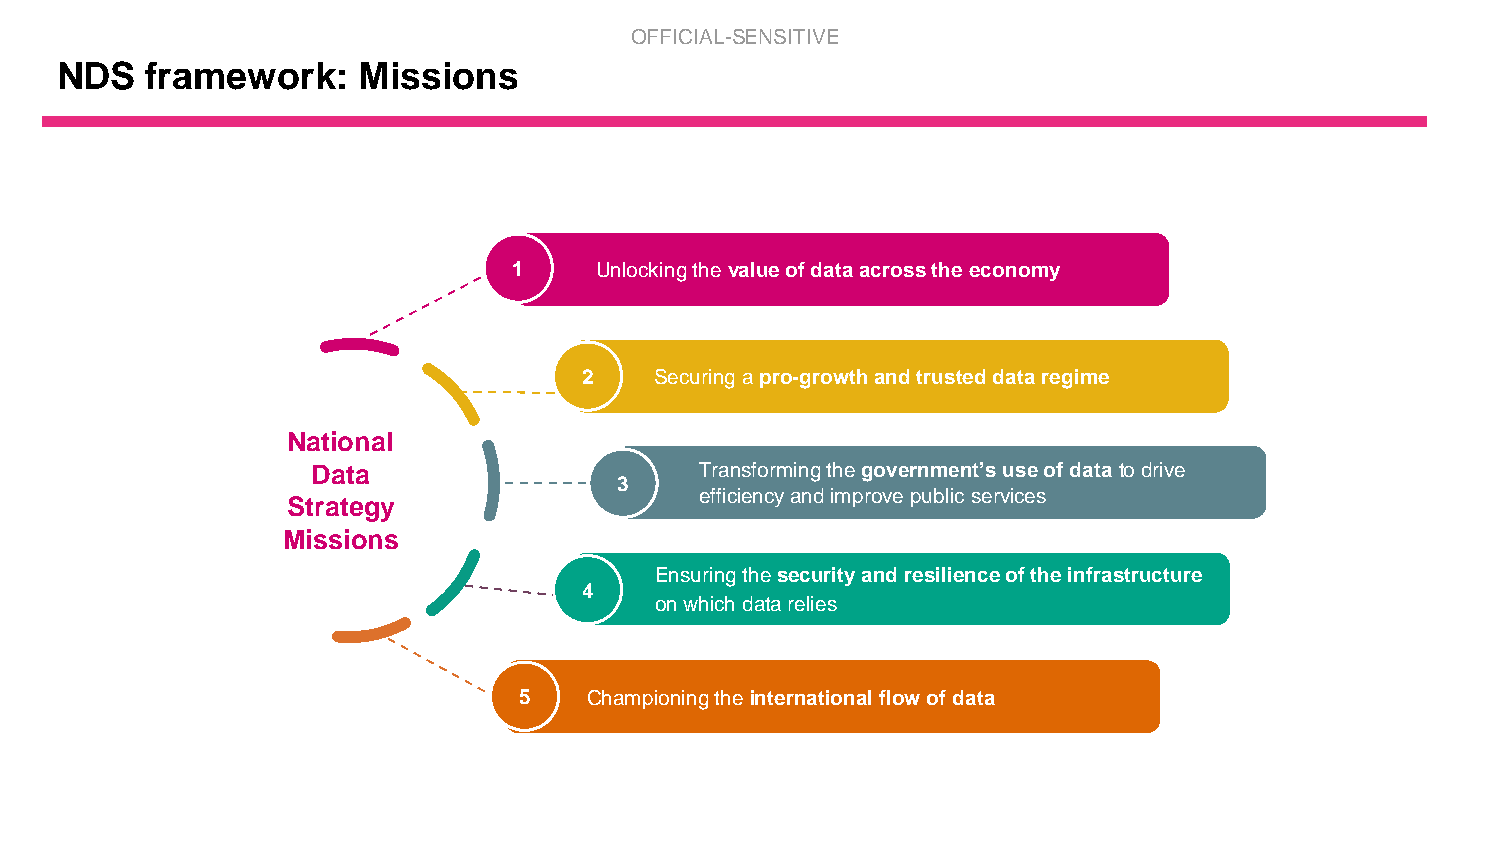
OFFICIAL-SENSITIVE
 NDS   framework:    Missions
 1    Unlocking the value of data across the economy
 2   Securing a pro-growth and trusted data regime
 National
 Data                     Transforming the government’s use of data to drive
 3
 efficiency and improve public services
 Strategy
 Missions
 Ensuring the security and resilience of the infrastructure
 4
 on which data relies
 5    Championing theinternational flow of data